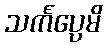
သင်္ကပ္ပေမိ